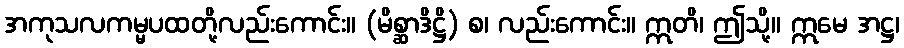
အကုသလကမ္မပထတို့လည်းကောင်း။ (မိစ္ဆာဒိဋ္ဌိ) စ၊ လည်းကောင်း။ ဣတိ၊ ဤသို့။ ဣမေ အဋ္ဌ၊